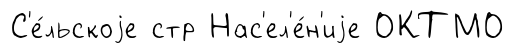
С'е́льскоjе стр Нас'ел'е́н'иjе ОКТМО